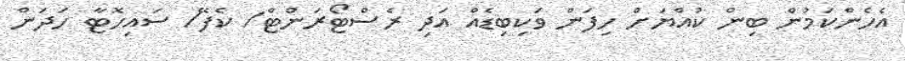
އެހެންކަމުން ބިން ކުއްޔަށް ހިފަން ވަކިބިޑެއް އަދި ރެސްޓޯރަންޓް/ ކެފޭ/ ސައިހޮޓާ ހަދަން